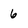
Character: 6